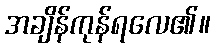
အချိန်ကုန်ရလေ၏။